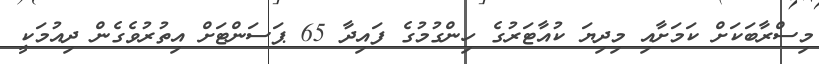
މިސްރާބަކަށް ކަމަށާއި މިދިޔަ ކުއާޓަރުގެ ހިންގުމުގެ ފައިދާ 65 ޕަސަންޓަށް އިތުރުވެގެން ދިއުމަކީ